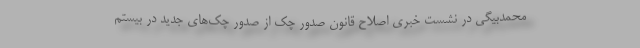
محمدبیگی در نشست خبری اصلاح قانون صدور چک از صدور چک‌های جدید در بیستم